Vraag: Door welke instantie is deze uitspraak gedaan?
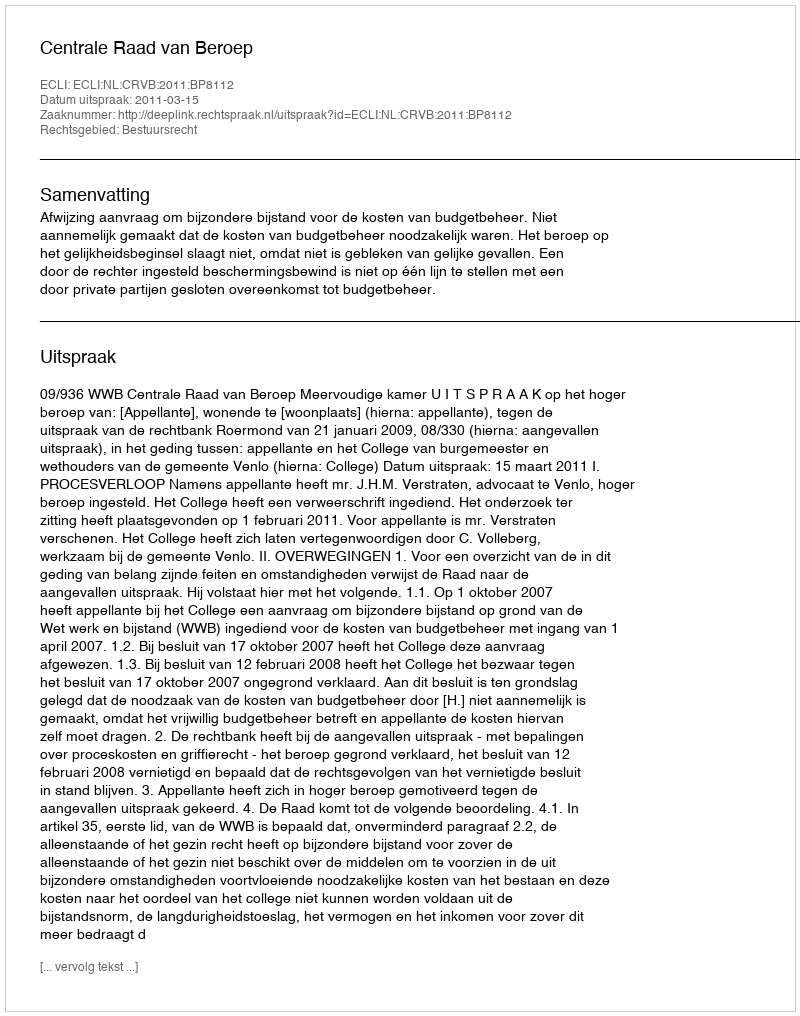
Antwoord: Centrale Raad van Beroep